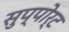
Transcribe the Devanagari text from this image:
सुप्पोर्ट